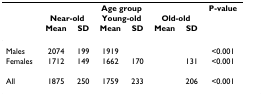
<table><thead><tr><td>[EMPTY_CELL]</td><td colspan="6"><b>Age group</b></td><td><b>P-value</b></td></tr><tr><td>[EMPTY_CELL]</td><td colspan="2"><b>Near-old</b></td><td colspan="2"><b>Young-old</b></td><td colspan="2"><b>Old-old</b></td><td>[EMPTY_CELL]</td></tr><tr><td>[EMPTY_CELL]</td><td><b>Mean</b></td><td><b>SD</b></td><td><b>Mean</b></td><td><b>SD</b></td><td><b>Mean</b></td><td><b>SD</b></td><td>[EMPTY_CELL]</td></tr></thead><tbody><tr><td>Males</td><td>2074</td><td>199</td><td>1919</td><td>[EMPTY_CELL]</td><td>[EMPTY_CELL]</td><td>[EMPTY_CELL]</td><td>&lt;0.001</td></tr><tr><td>Females</td><td>1712</td><td>149</td><td>1662</td><td>170</td><td>[EMPTY_CELL]</td><td>131</td><td>&lt;0.001</td></tr><tr><td>All</td><td>1875</td><td>250</td><td>1759</td><td>233</td><td>[EMPTY_CELL]</td><td>206</td><td>&lt;0.001</td></tr></tbody></table>